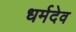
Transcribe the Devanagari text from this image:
धर्मदेव